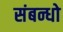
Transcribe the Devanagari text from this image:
संबन्धो